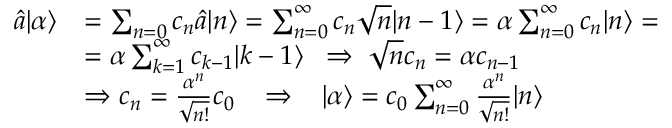
\begin{array} { r l } { \hat { a } | \alpha \rangle } & { = \sum _ { n = 0 } c _ { n } \hat { a } | n \rangle = \sum _ { n = 0 } ^ { \infty } c _ { n } \sqrt { n } | n - 1 \rangle = \alpha \sum _ { n = 0 } ^ { \infty } c _ { n } | n \rangle = } \\ & { = \alpha \sum _ { k = 1 } ^ { \infty } c _ { k - 1 } | k - 1 \rangle \; \; \Rightarrow \; \sqrt { n } c _ { n } = \alpha c _ { n - 1 } } \\ & { \Rightarrow c _ { n } = \frac { \alpha ^ { n } } { \sqrt { n ! } } c _ { 0 } \; \; \; \Rightarrow \; \; \; | \alpha \rangle = c _ { 0 } \sum _ { n = 0 } ^ { \infty } \frac { \alpha ^ { n } } { \sqrt { n ! } } | n \rangle } \end{array}